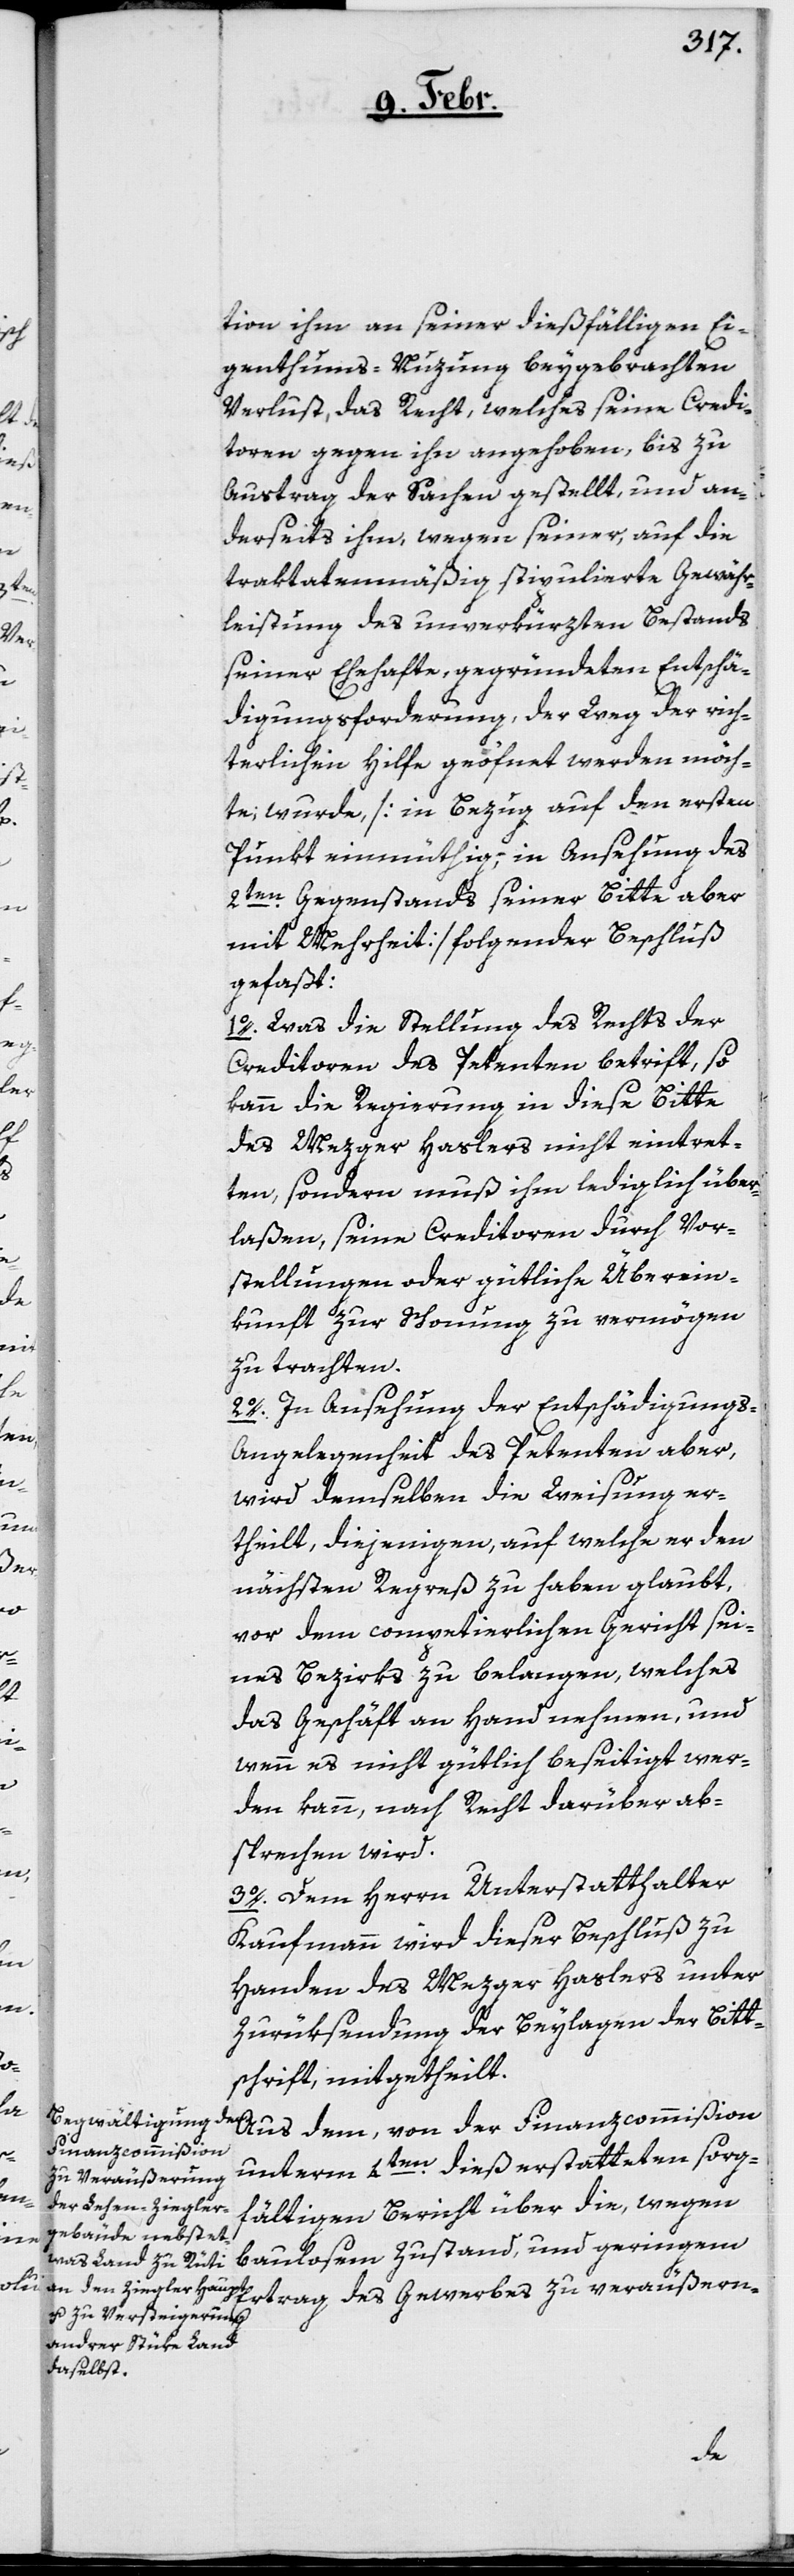
tion ihm an seiner dießfälligen Ei¬
genthums-Nuzung beygebrachten
Verlust, das Recht, welches seine Credi¬
toren gegen ihn angehoben, bis zu
Austrag der Sachen gestellt, und an¬
derseits ihm, wegen seiner auf die
traktatenmäßig stipulierte Gewähr¬
leistung des unverkürzten Bestands
seiner Ehehafte, gegründeten Entschä¬
digungsforderung, der Weg der rich¬
terlichen Hilfe geöfnet werden möch¬
te, wurde [in Bezug auf den ersten
Punkt einmüthig, in Ansehung des
2ten. Gegenstands seiner Bitte aber
mit Mehrheit] folgender Beschluß
gefaßt:
1o. Was die Stellung des Rechts der
Creditoren des Petenten betrift, so
kann die Regierung in diese Bitte
des Mezger Haslers nicht eintret¬
ten, sondern muß ihm lediglich über¬
laßen, seine Creditoren durch Vor¬
stellungen oder gütliche Überein¬
kunft zur Schonung zu vermögen
zu trachten.
2o. In Ansehung der Entschädigungs-A¬
ngelegenheit des Petenten aber,
wird demselben die Weisung er¬
theilt, diejenigen, auf welche er den
nächsten Regreß zu haben glaubt,
vor dem competierlichen Gericht sei¬
nes Bezirks zu belangen, welches
das Geschäft an Hand nehmen, und
wenn es nicht gütlich beseitigt wer¬
den kann, nach Recht darüber ab¬
sprechen wird.
3o. Dem Herrn Unterstatthalter
Kaufmann wird dieser Beschluß zu
Handen des Mezger Haslers unter
Zurüksendung der Beylagen der Bitt¬
schrift, mitgetheilt.
Aus dem, von der Finanzcommißion
unterm 4ten. dieß erstatteten sorg¬
fältigen Bericht über die, wegen
baulosem Zustand, und geringem
trag des Gewerbes zu veräußern-
Er¬